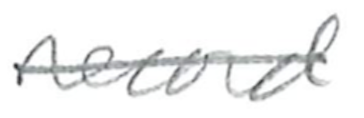
Text: record
Cross-out: single-line
Writing tool: pencil